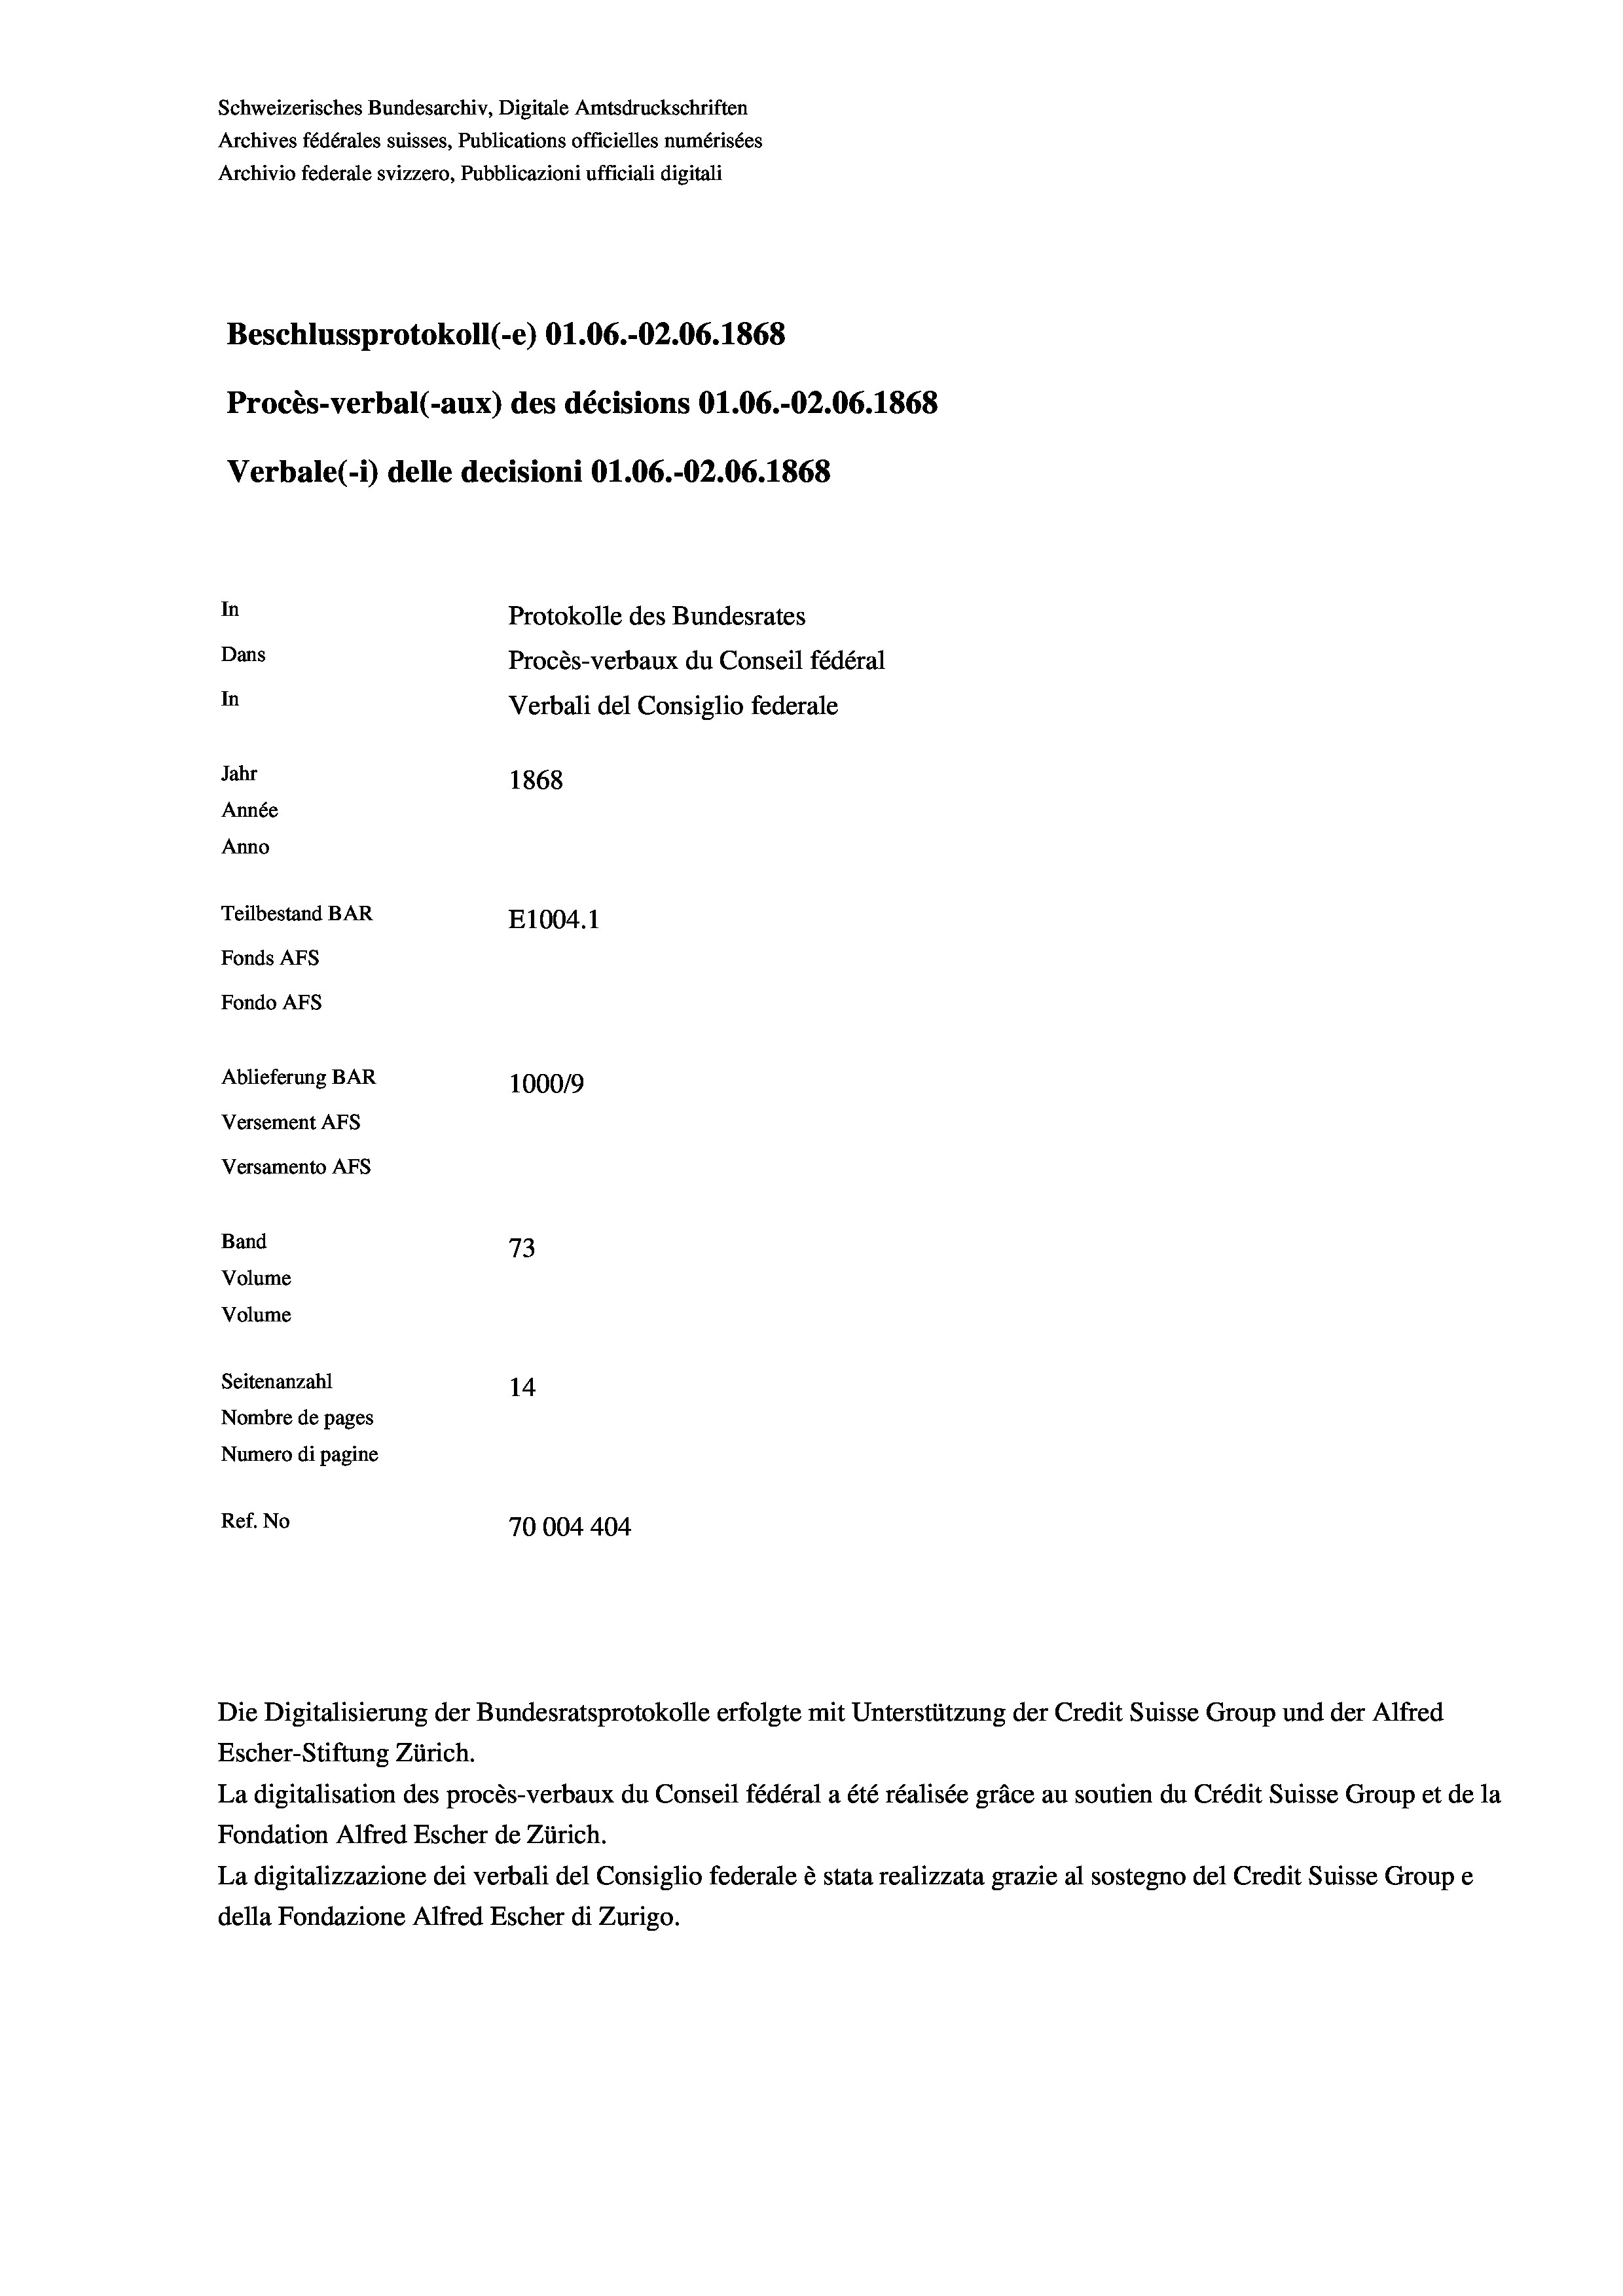
Schweizerisches Bundesarchiv, Digitale Amtsdruckschriften
Archives fédérales suisses, Publications officielles numérisées
Archivio federale svizzero, Pubblicazioni ufficiali digitali
Beschlussprotokoll (-e) O1.06.-O2.06. 1868
Procès-verbal (-aux) des décisions O1.06.-O2.06. 1868
Verbale(-*) delle decisioni O1.06.-O2.06. 1868
In
Protokolle des Bundesrates
Dans
Procès-verbaux du Conseil fédéral
In
Verbali del Consiglio federale
Jahr
1868
Année
Anno
Teilbestand BAR
E1004. 1
Fonds AFs
Fondo Afs
Ablieferung BAR
100019
Versement AFs
Versamento AFs
Band
73
Volume
Volume

Seitenanzahl
14
Nombre de pages
Numero di pagine
Ref. No
70004404

Escher-Stiftung Zürich.
La digitalisation des procès-verbaux du Conseil fédéral a été réalisée gräce au soutien du Crédit Suisse Group et de la
Fondation Alfred Escher de Zürich.
La digitalizzazione dei verbali del Consiglio federale è stata realizzata grazie al sostegno del Credit Suisse Groupe
della Fondazione Alfred Escher di Zurigo.

Die Digitalisierung der Bundesratsprotokolle erfolgte mit Unterstützung der Credit Suisse Group und der Alfred